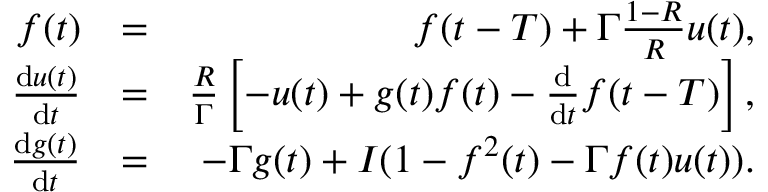
\begin{array} { r l r } { f ( t ) } & { = } & { f ( t - T ) + \Gamma \frac { 1 - R } { R } u ( t ) , } \\ { \frac { \mathrm { d } u ( t ) } { \mathrm { d } t } } & { = } & { \frac { R } { \Gamma } \left[ - u ( t ) + g ( t ) f ( t ) - \frac { \mathrm { d } } { \mathrm { d } t } f ( t - T ) \right] , } \\ { \frac { \mathrm { d } g ( t ) } { \mathrm { d } t } } & { = } & { - \Gamma g ( t ) + I ( 1 - f ^ { 2 } ( t ) - \Gamma f ( t ) u ( t ) ) . } \end{array}